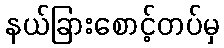
နယ်ခြားစောင့်တပ်မှ